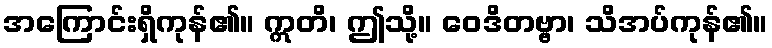
အကြောင်းရှိကုန်၏။ ဣတိ၊ ဤသို့။ ဝေဒိတဗ္ဗာ၊ သိအပ်ကုန်၏။